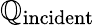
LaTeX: \mathbb{Q}_{\mathrm{{incident}}}